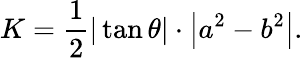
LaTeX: K={\frac{1}{2}}|\tan\theta|\cdot\left|a^{2}-b^{2}\right|.